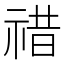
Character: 䄍